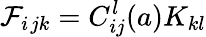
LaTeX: \mathcal{F}_{i}{}_{jk}=C_{ij}^{l}(a)K_{kl}